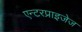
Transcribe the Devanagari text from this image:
एन्टरप्राइजेज